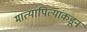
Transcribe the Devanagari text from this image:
मात्यापित्यांकडून